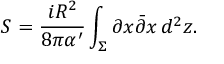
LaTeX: S = \frac { i R ^ { 2 } } { 8 \pi \alpha ^ { \prime } } \int _ { \Sigma } \partial x \bar { \partial } x \, d ^ { 2 } z .